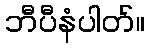
ဘီပီနံပါတ်။